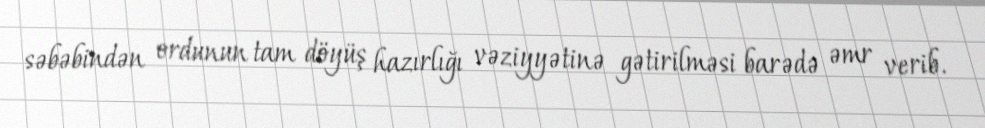
səbəbindən ordunun tam döyüş hazırlığı vəziyyətinə gətirilməsi barədə əmr verib.